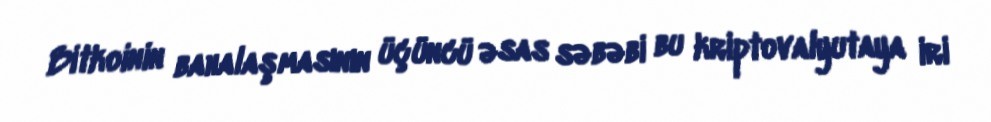
Bitkoinin bahalaşmasının üçüncü əsas səbəbi bu kriptovalyutaya iri